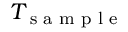
T _ { \textrm { s a m p l e } }